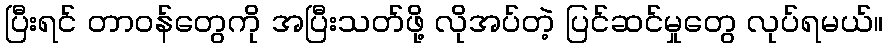
ပြီးရင် တာဝန်တွေကို အပြီးသတ်ဖို့ လိုအပ်တဲ့ ပြင်ဆင်မှုတွေ လုပ်ရမယ်။